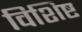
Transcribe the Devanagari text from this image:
विशिष्ट